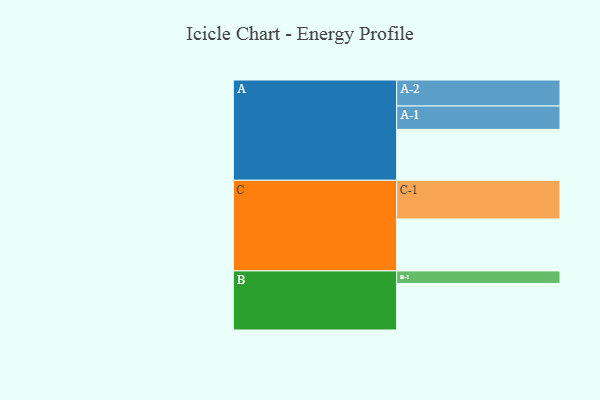
{"axis": {"x": "Segment", "y": "Value"}, "legend": ["", "A", "B", "C"], "data": [{"x": "A", "y": 362, "type": ""}, {"x": "B", "y": 331, "type": ""}, {"x": "C", "y": 369, "type": ""}, {"x": "A-1", "y": 166, "type": "A"}, {"x": "A-2", "y": 185, "type": "A"}, {"x": "B-1", "y": 89, "type": "B"}, {"x": "C-1", "y": 275, "type": "C"}]}